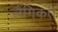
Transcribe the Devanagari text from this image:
लैंगिकते